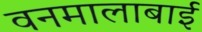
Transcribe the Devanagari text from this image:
वनमालाबाई